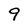
Character: 9